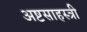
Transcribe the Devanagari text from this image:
अष्टसाहस्त्री